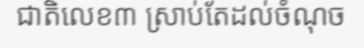
ជាតិលេខ៣ ស្រាប់តែដល់ចំណុច